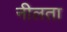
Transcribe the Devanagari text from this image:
नीलता